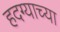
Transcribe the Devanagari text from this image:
हदग्याच्या